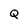
Character: Q